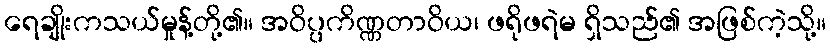
ရေချိုးကသယ်မှုန့်တို့၏။ အဝိပ္ပကိဏ္ဏတာဝိယ၊ ဖရိုဖရဲမ ရှိသည်၏ အဖြစ်ကဲ့သို့။